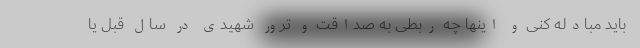
باید مبادله کنی و اینها چه ربطی به صداقت و ترور شهیدی در سال قبل یا